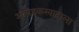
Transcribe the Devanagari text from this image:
आंबेडकरवादाला